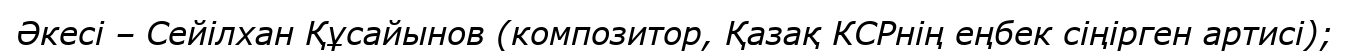
Әкесі – Сейілхан Құсайынов (композитор, Қазақ КСРнің еңбек сіңірген артисі);